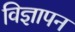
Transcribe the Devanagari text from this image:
विज्ञापन